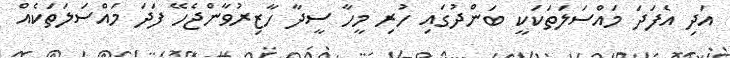
އަދި އެފަދަ މައްސަލަތަކަކީ ބަންދުގައި ހުރި މީހާ ސީދާ ހާޒިރުވާންޖެހޭ ފަދަ މައްސަލަތަކެއް